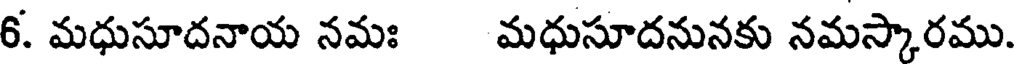
6. మధుసూదనాయ నమః మధుసూదనునకు నమస్కారము.